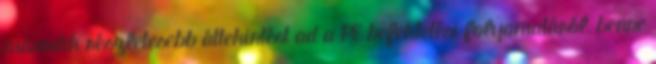
második részletesebb áttekintést ad a PE befektetési folyamatáról, benne